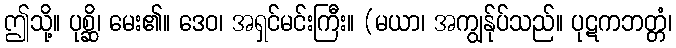
ဤသို့။ ပုစ္ဆိ၊ မေး၏။ ဒေဝ၊ အရှင်မင်းကြီး။ (မယာ၊ အကျွန်ုပ်သည်။ ပုဋကဘတ္တံ၊